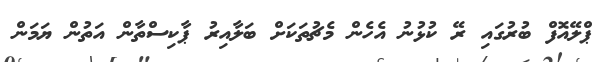
ޕްލޭއޮފް ބުރުގައި ރޭ ކުޅުނު އެހެން މެޗުތަކަށް ބަލާއިރު ޕާކިސްތާން އަތުން ޔަމަން